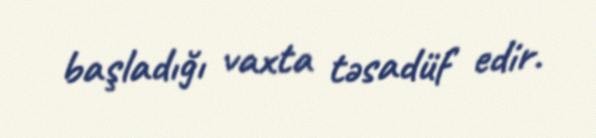
başladığı vaxta təsadüf edir.